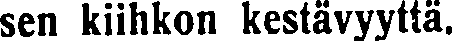
sen kiihkon kestävyyttä.